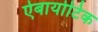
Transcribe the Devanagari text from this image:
ऐबायोटिक